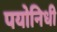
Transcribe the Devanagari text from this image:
पयोनिधी